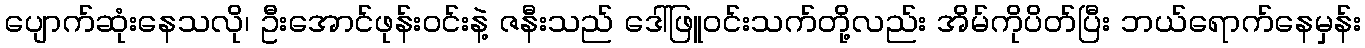
ပျောက်ဆုံးနေသလို၊ ဦးအောင်ဖုန်းဝင်းနဲ့ ဇနီးသည် ဒေါ်ဖြူဝင်းသက်တို့လည်း အိမ်ကိုပိတ်ပြီး ဘယ်ရောက်နေမှန်း